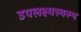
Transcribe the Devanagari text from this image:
उपलक्ष्यस्वरूप